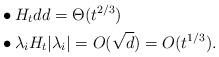
LaTeX: \begin{align*}&\bullet H_t d d = \Theta(t^{2/3}) \\&\bullet \lambda_i H_t |\lambda_i| = O(\sqrt{d}) = O(t^{1/3}). \end{align*}